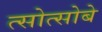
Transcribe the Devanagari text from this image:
त्सोत्सोबे